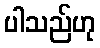
ပါသည်ဟု